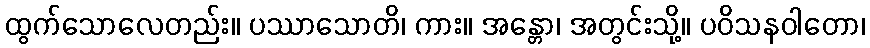
ထွက်သောလေတည်း။ ပဿာသောတိ၊ ကား။ အန္တော၊ အတွင်းသို့။ ပဝိသနဝါတော၊